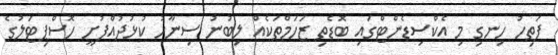
ފަތިހު ހިނގި މި އެކްސިޑެންޓްގައި ބޮޑެތި ޒަހަމްތަކެއް ލިބުނު ސިނާހު ކުޅުދުއްފުށީ ހޮސްޕިޓަލުގެ